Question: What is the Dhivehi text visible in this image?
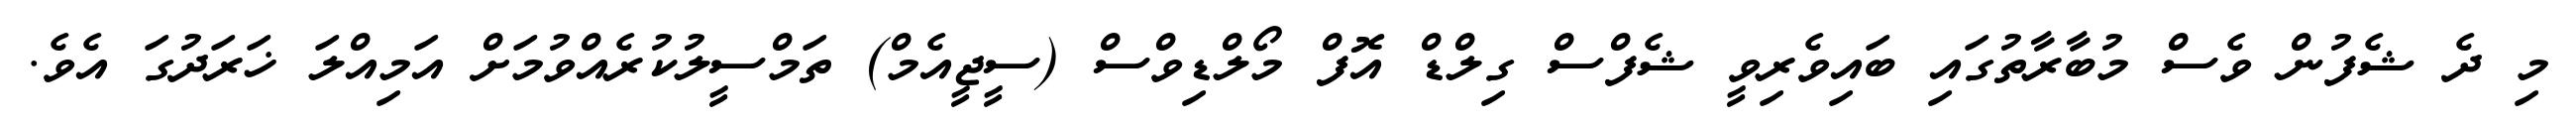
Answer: މި ދެ ޝެފުން ވެސް މުބާރާތުގައި ބައިވެރިވީ ޝެފްސް ގިލްޑް އޮފް މޯލްޑިވްސް (ސީޖީއެމް) ތަމްސީލުކުރެއްވުމަށް އަމިއްލަ ޚަރަދުގަ އެވެ.